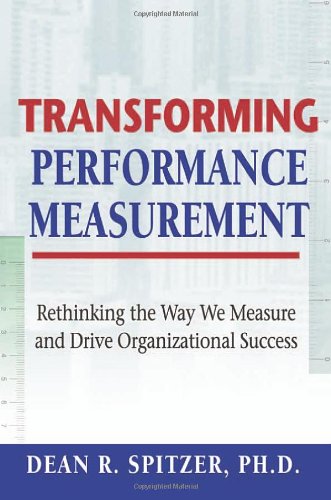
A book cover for Transforming Performance Measurement: Rethinking the Way We Measure and Drive Organizational Success; Dean R. Spitzer; Business & Money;